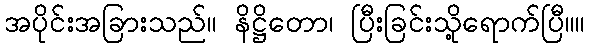
အပိုင်းအခြားသည်။ နိဋ္ဌိတော၊ ပြီးခြင်းသို့ရောက်ပြီ။။